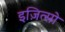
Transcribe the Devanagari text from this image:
इज़ित्सो